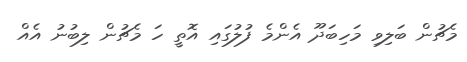
މެޗުން ބަލިވި މަހިބަދޫ އެންމެ ފުލުގައި އޮތީ ހަ މެޗުން ލިބުނު އެއް